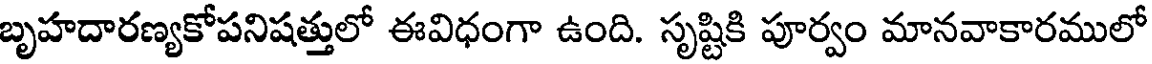
బృహదారణ్యకోపనిషత్తులో ఈవిధంగా ఉంది. సృష్టికి పూర్వం మానవాకారములో